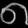
Digit: ၈